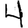
Digit: 4